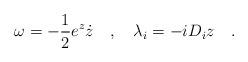
LaTeX: \begin{align*}\omega= -\frac 12 e^{z} \dot z\quad,\quad\lambda_i = -i D_i z\quad.\end{align*}